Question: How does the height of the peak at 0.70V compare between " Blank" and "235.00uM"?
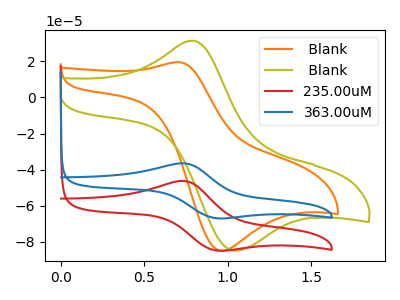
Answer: <think>The orange curve " Blank" has an anodic peak at (0.70V, 19.60uA) and a cathodic peak at (0.95V, -84.85uA). The olive curve " Blank" has an anodic peak at (0.80V, 31.45uA) and a cathodic peak at (1.05V, -84.75uA). The red curve "235.00uM" has an anodic peak at (0.75V, -46.30uA) and a cathodic peak at (0.95V, -84.65uA). The blue curve "363.00uM" has an anodic peak at (0.75V, -36.55uA) and a cathodic peak at (0.95V, -66.80uA).</think>
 <answer>The peak at 0.70V is higher in " Blank" than in "235.00uM".</answer>
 <eval>higher</eval>